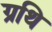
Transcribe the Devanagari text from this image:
ग्रथि